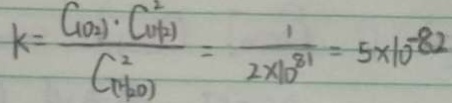
k = \frac { C _ { ( 0 _ { 2 } ) } \cdot C _ { ( H _ { 2 } ) } ^ { 2 } } { C _ { ( H _ { 2 } O ) } ^ { 2 } } = \frac { 1 } { 2 \times 1 0 ^ { 8 1 } } = 5 \times 1 0 ^ { - 8 2 }